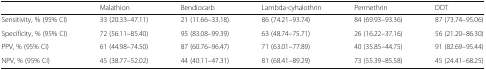
<table><thead><tr><td></td><td><b>Malathion</b></td><td><b>Bendiocarb</b></td><td><b>Lambda-cyhalothrin</b></td><td><b>Permethrin</b></td><td><b>DDT</b></td></tr></thead><tbody><tr><td>Sensitivity, % (95% CI)</td><td>33 (20.33–47.11)</td><td>21 (11.66–33.18)</td><td>86 (74.21–93.74)</td><td>84 (69.93–93.36)</td><td>87 (73.74–95.06)</td></tr><tr><td>Specificity, % (95% CI)</td><td>72 (56.11–85.40)</td><td>95 (83.08–99.39)</td><td>63 (48.74–75.71)</td><td>26 (16.22–37.16)</td><td>56 (21.20–86.30)</td></tr><tr><td>PPV, % (95% CI)</td><td>61 (44.98–74.50)</td><td>87 (60.76–96.47)</td><td>71 (63.01–77.89)</td><td>40 (35.85–44.75)</td><td>91 (82.69–95.44)</td></tr><tr><td>NPV, % (95% CI)</td><td>45 (38.77–52.02)</td><td>44 (40.11–47.31)</td><td>81 (68.41–89.29)</td><td>73 (55.39–85.58)</td><td>45 (24.41–68.25)</td></tr></tbody></table>